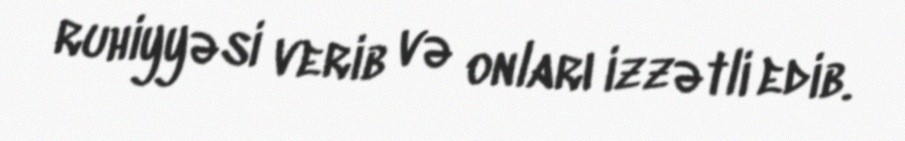
ruhiyyəsi verib və onları izzətli edib.